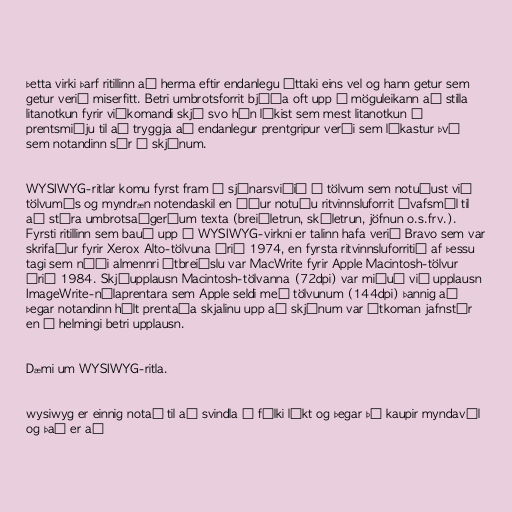
þetta virki þarf ritillinn að herma eftir endanlegu úttaki eins vel og hann getur sem
getur verið miserfitt. Betri umbrotsforrit bjóða oft upp á möguleikann að stilla
litanotkun fyrir viðkomandi skjá svo hún líkist sem mest litanotkun í
prentsmiðju til að tryggja að endanlegur prentgripur verði sem líkastur því
sem notandinn sér á skjánum.

WYSIWYG-ritlar komu fyrst fram á sjónarsviðið á tölvum sem notuðust við
tölvumús og myndræn notendaskil en áður notuðu ritvinnsluforrit ívafsmál til
að stýra umbrotsaðgerðum texta (breiðletrun, skáletrun, jöfnun o.s.frv.).
Fyrsti ritillinn sem bauð upp á WYSIWYG-virkni er talinn hafa verið Bravo sem var
skrifaður fyrir Xerox Alto-tölvuna árið 1974, en fyrsta ritvinnsluforritið af þessu
tagi sem náði almennri útbreiðslu var MacWrite fyrir Apple Macintosh-tölvur
árið 1984. Skjáupplausn Macintosh-tölvanna (72dpi) var miðuð við upplausn
ImageWrite-nálaprentara sem Apple seldi með tölvunum (144dpi) þannig að
þegar notandinn hélt prentaða skjalinu upp að skjánum var útkoman jafnstór
en í helmingi betri upplausn.

Dæmi um WYSIWYG-ritla.

wysiwyg er einnig notað til að svindla á fólki líkt og þegar þú kaupir myndavél
og það er að